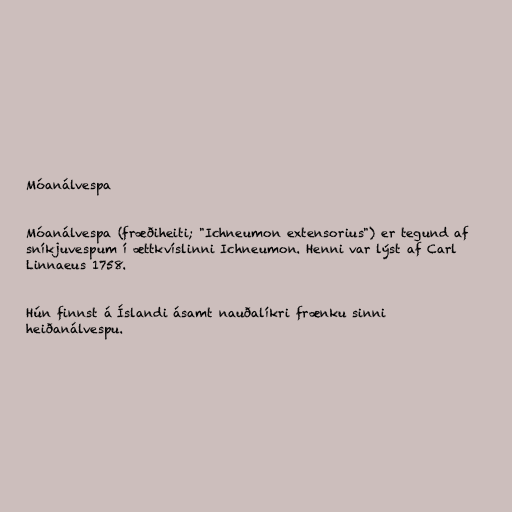
Móanálvespa

Móanálvespa (fræðiheiti; "Ichneumon extensorius") er tegund af
sníkjuvespum í ættkvíslinni Ichneumon. Henni var lýst af Carl
Linnaeus 1758.

Hún finnst á Íslandi ásamt nauðalíkri frænku sinni
heiðanálvespu.